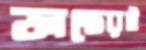
ফান্ডেরই